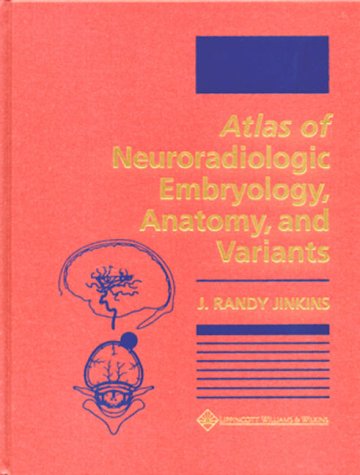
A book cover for Atlas of Neuroradiologic Embryology, Anatomy, and Variants; J. Randy Jinkins MD; Medical Books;